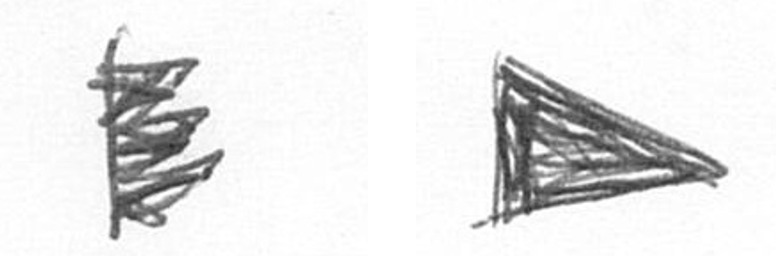
H T